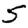
Digit: 5